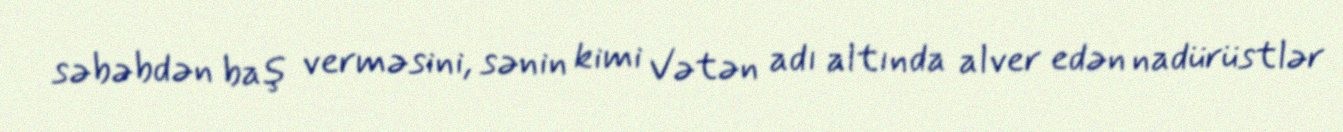
səbəbdən baş verməsini, sənin kimi Vətən adı altında alver edən nadürüstlər